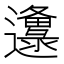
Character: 邍